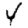
Digit: 4